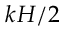
k H / 2